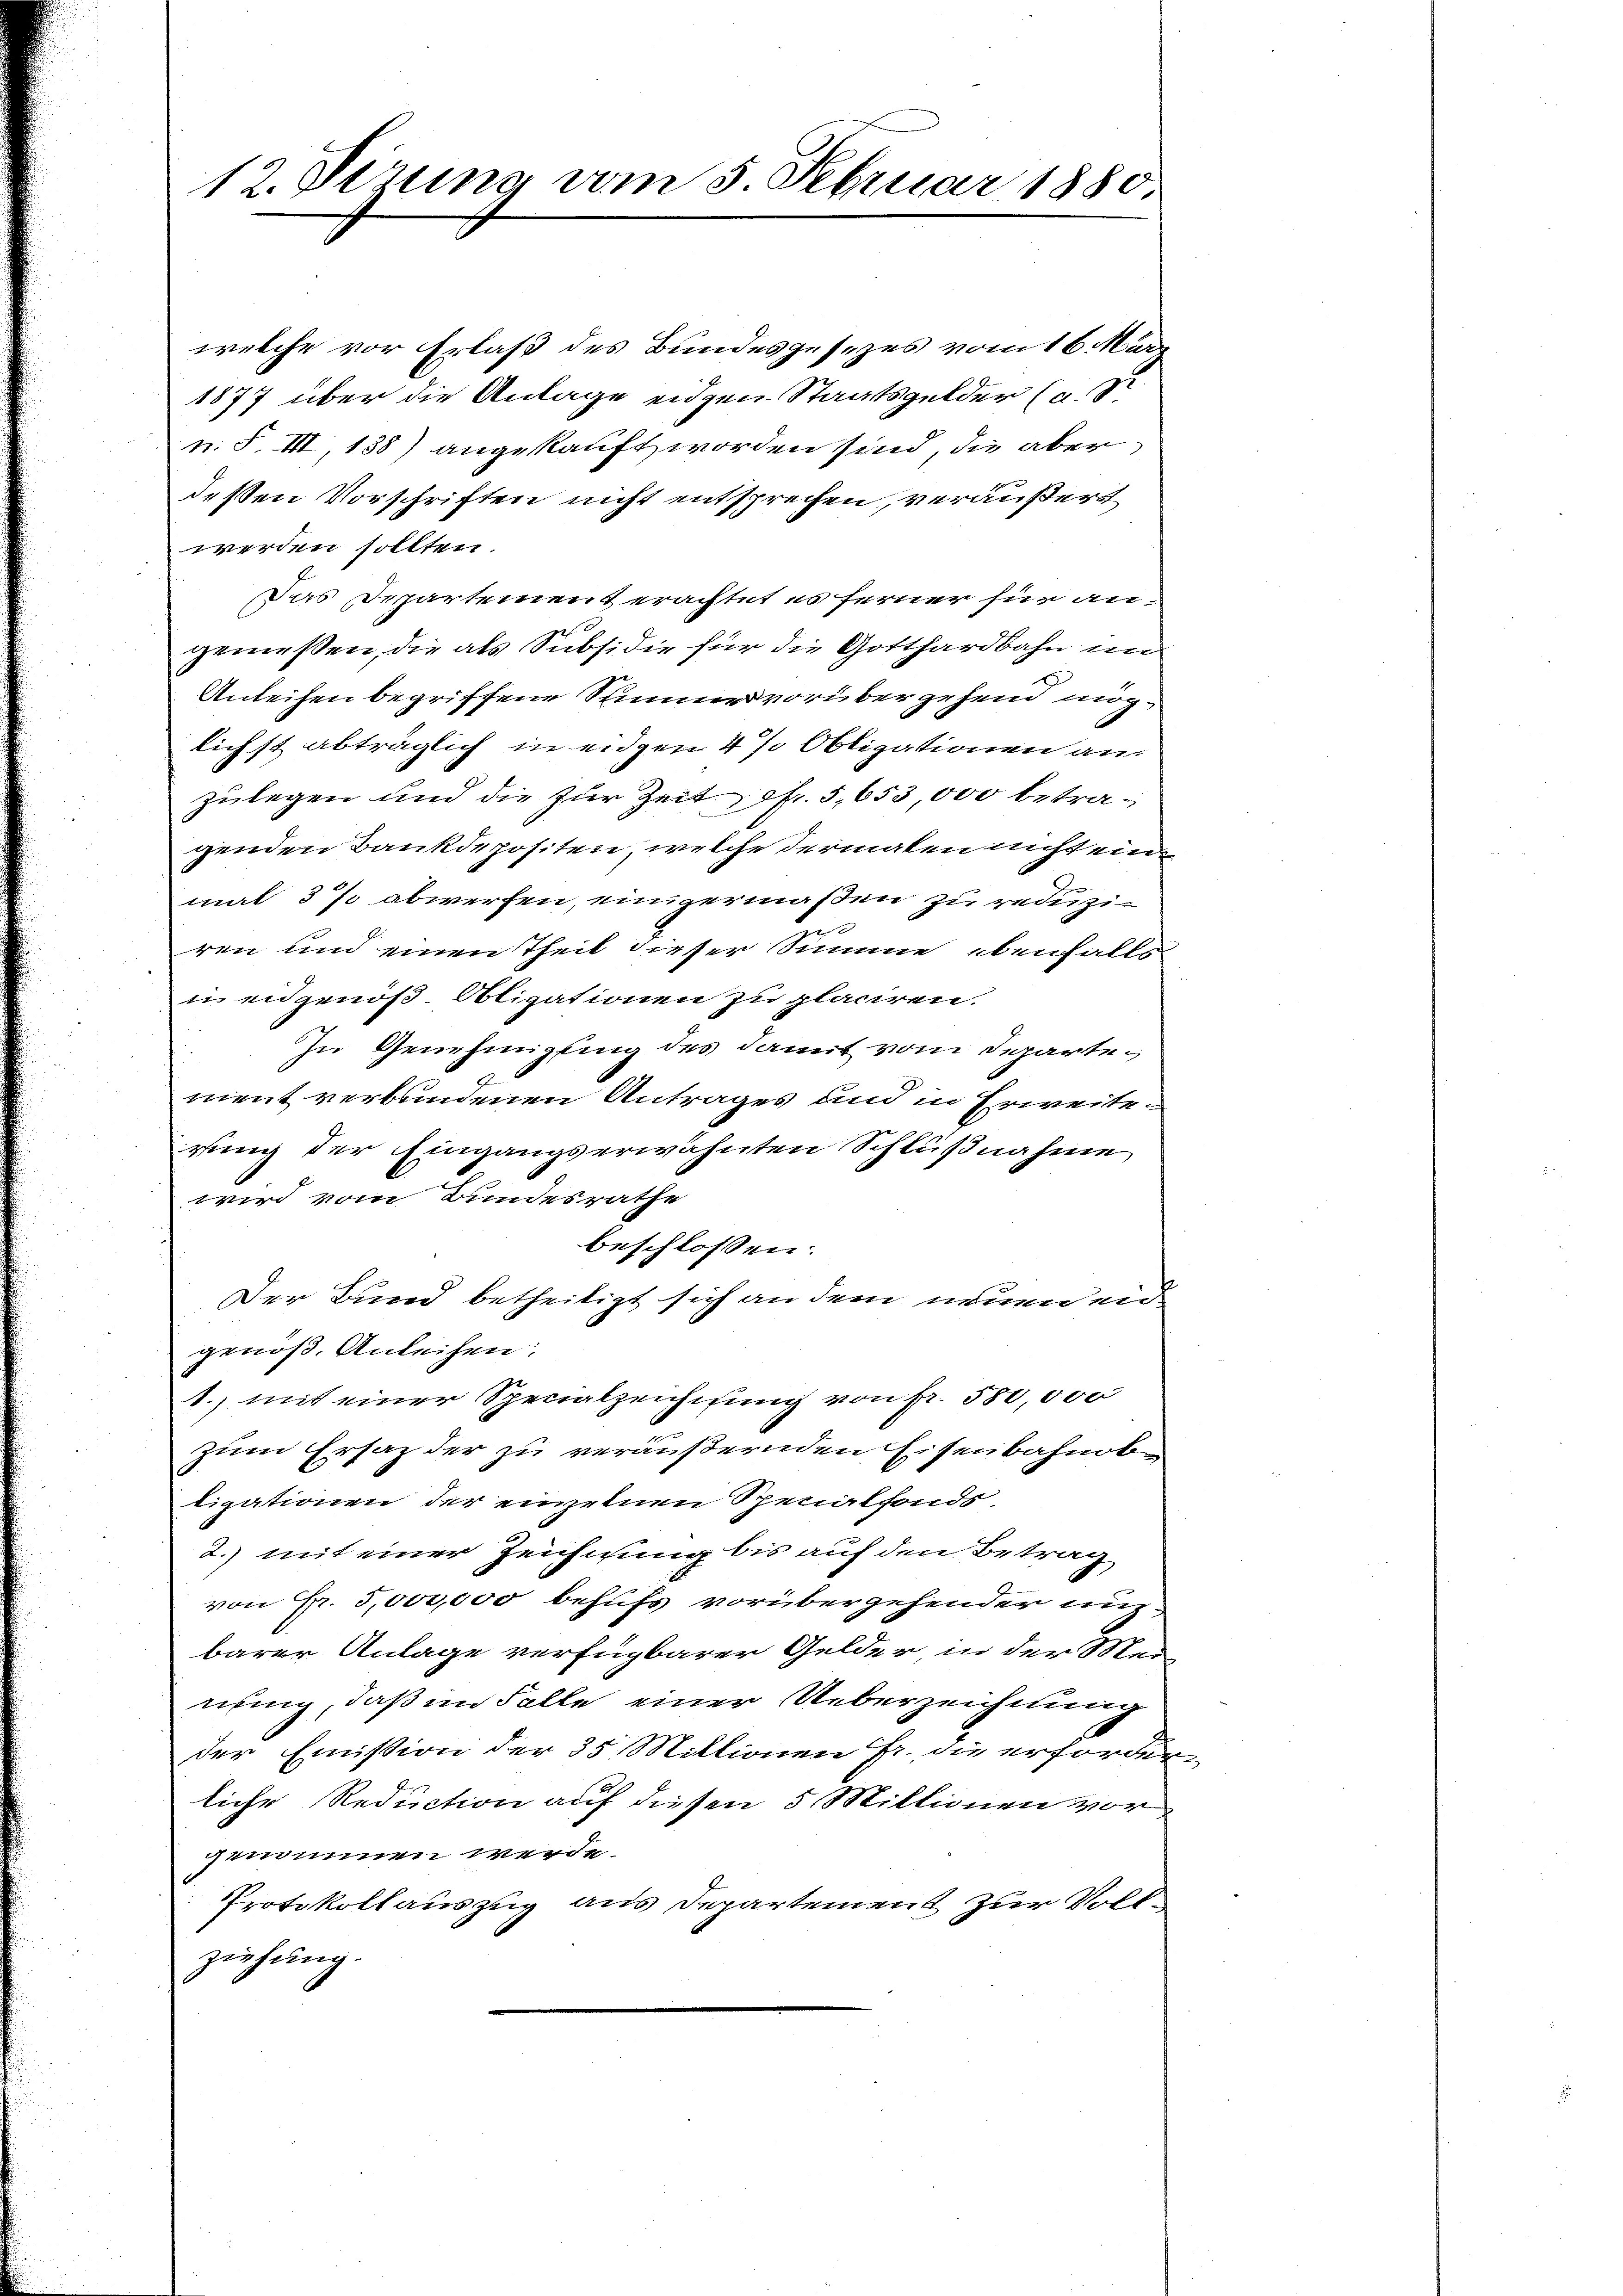
12. Sizung vom 5. Februar 1880.

welche vor Erlaß des Bundesgesezes vom 16. März
1877 über die Anlage eiden Staatsgelder (a. d
n. F. VII, 138) angekauft worden sind, die aber
deßen Vorschriften nicht entsprechen, veräußert
werden sollten.
Das Departement erachtet es ferner für angemessen, die als Subsidie für die Gotthardbahn in
Anleihen begriffene Stimmer vorübergehend möglichst abträglich in eidgen 4 % Obligationen au
zulegen und die zur Zeit fr. 5, 653,000 betragenden Bankdepositen, welche dermalen nicht eine
mal 37 abwerfen, einigermaßen zu reduziren und einen Theil dieser Summe ebenfalls
un eidgenöß. Obligationen zu placiren.
In Genehmigung des damit vom Departement verbundenen Antrages und in Erweiterung der Eingangserwähnten Schlußnahme
wird vom Bundesrathe
beschlossen:
Der Bund betheiligt sich an dem neuen eid
genöß. Anleihen:
1., mit einer Specialzeichisung von Fr. 580,000
zum Ersatz der zu veräußernden Eisenbahndten
ligationen der einzelnen Spenalfonds.
2. mit einer Zeichnung bis auf den Betrag
von Fr. 5,000,000 behufs vorübergehender anzbarer Anlage verfügbarer Gelder, in der Meinung, daß im Falle einer Ueberzeichnung
der Emission der 35 Millionen Fr. die erforder-
liche Reduction auf diesen 5 Millionen vor
genommen werde.
Protokollauszug aus Departement zur Vollziehung.